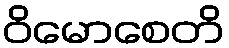
ဝိမောစေတိ